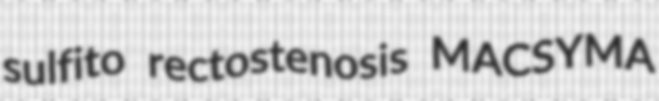
sulfito rectostenosis MACSYMA